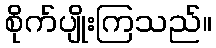
စိုက်ပျိုးကြသည်။